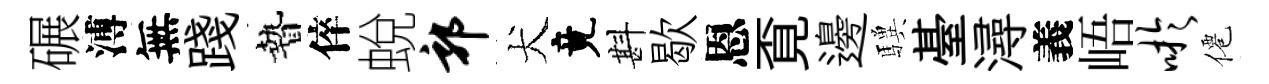
碾溥無踐贄倅蛻郭犬竟斟歇恩覔邊驥䑓潯義峿吁僊